Report on vaccination in Madras 1904-1921 - 1904-1921
Year: 1904
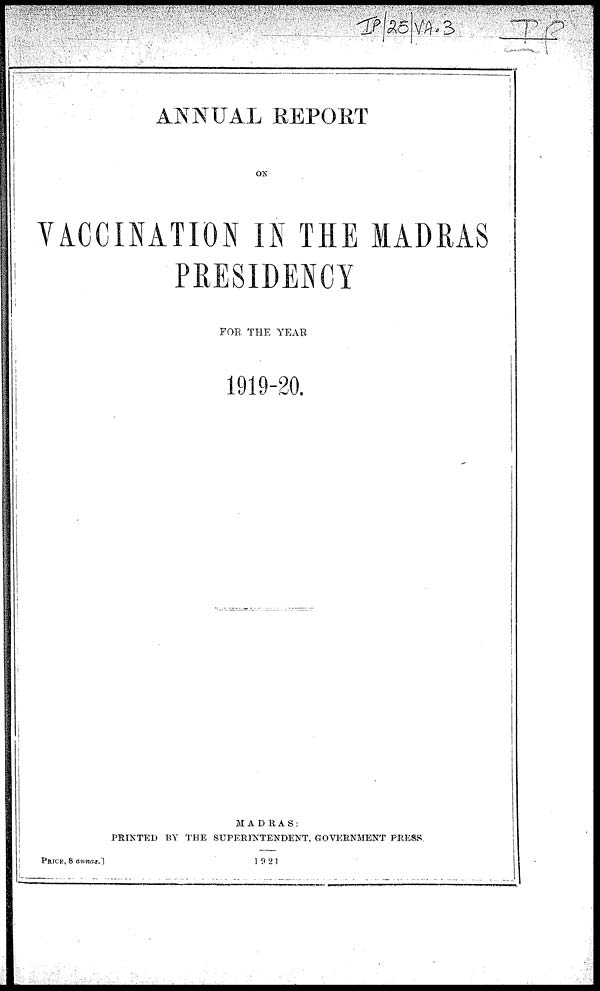
ANNUAL REPORT
ON
VACCINATION IN THE MADRAS
PRESIDENCY
FOR THE YEAR
1919-20.
MADRAS:
PRINTED BY THE SUPERINTENDENT, GOVERNMENT PRESS.
PRICE, 8 annas.]
1921